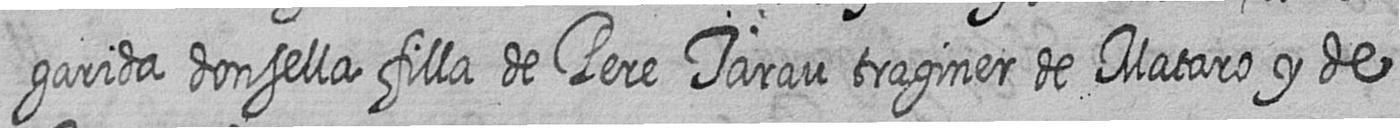
garida donsella filla de Pere Tarau traginer de Mataro y de